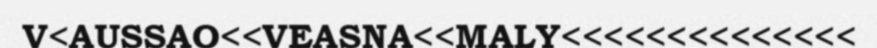
V<AUSSAO<<VEASNA<<MALY<<<<<<<<<<<<<<